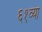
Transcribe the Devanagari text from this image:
६१व्या